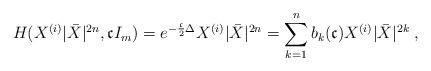
LaTeX: \begin{align*}H(X^{(i)}|\bar{X}|^{2n},\mathfrak{c}I_m) = e^{-\frac{\mathfrak{c}}{2} \Delta} X^{(i)}|\bar{X}|^{2n} = \sum_{k = 1}^{n} b_k(\mathfrak{c}) X^{(i)}|\bar{X}|^{2k}\;,\end{align*}